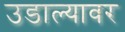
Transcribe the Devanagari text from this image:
उडाल्यावर